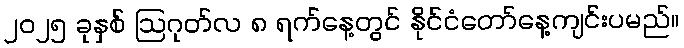
၂၀၂၅ ခုနှစ် ဩဂုတ်လ ၈ ရက်နေ့တွင် နိုင်ငံတော်နေ့ကျင်းပမည်။